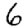
Digit: 6